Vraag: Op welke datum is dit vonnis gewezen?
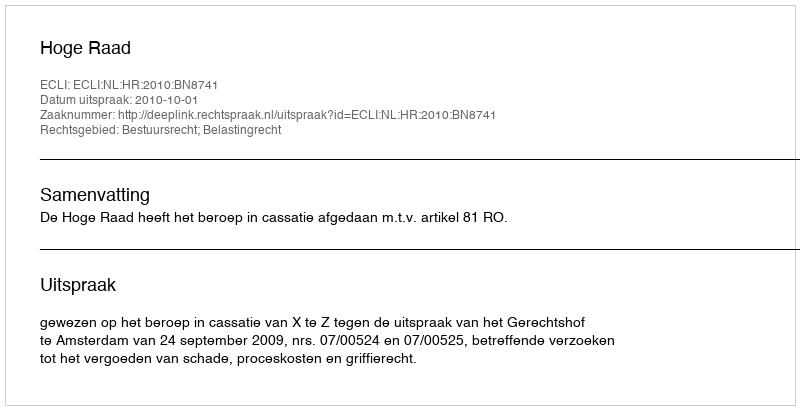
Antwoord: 2010-10-01